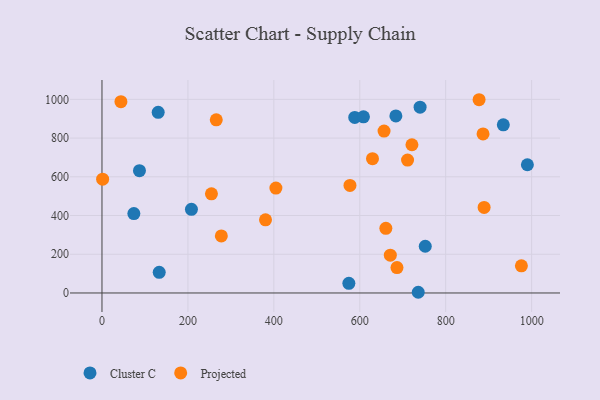
{"axis": {"x": "Investment", "y": "Sales"}, "legend": ["Cluster C", "Projected"], "data": [{"x": "588.3", "y": 906.6, "type": "Cluster C"}, {"x": "740.4", "y": 959.4, "type": "Cluster C"}, {"x": "752.4", "y": 241.4, "type": "Cluster C"}, {"x": "736.1", "y": 3.6, "type": "Cluster C"}, {"x": "130.8", "y": 933.1, "type": "Cluster C"}, {"x": "684.0", "y": 914.2, "type": "Cluster C"}, {"x": "990.1", "y": 662.3, "type": "Cluster C"}, {"x": "574.6", "y": 49.7, "type": "Cluster C"}, {"x": "208.2", "y": 432.0, "type": "Cluster C"}, {"x": "133.2", "y": 106.6, "type": "Cluster C"}, {"x": "934.1", "y": 868.7, "type": "Cluster C"}, {"x": "74.2", "y": 410.3, "type": "Cluster C"}, {"x": "87.2", "y": 631.5, "type": "Cluster C"}, {"x": "608.6", "y": 909.6, "type": "Cluster C"}, {"x": "656.5", "y": 836.0, "type": "Projected"}, {"x": "889.4", "y": 441.6, "type": "Projected"}, {"x": "660.7", "y": 333.7, "type": "Projected"}, {"x": "44.1", "y": 988.1, "type": "Projected"}, {"x": "976.2", "y": 140.4, "type": "Projected"}, {"x": "671.1", "y": 195.3, "type": "Projected"}, {"x": "404.8", "y": 542.0, "type": "Projected"}, {"x": "877.7", "y": 998.1, "type": "Projected"}, {"x": "886.9", "y": 821.7, "type": "Projected"}, {"x": "1.5", "y": 587.8, "type": "Projected"}, {"x": "711.2", "y": 686.6, "type": "Projected"}, {"x": "721.4", "y": 765.5, "type": "Projected"}, {"x": "380.6", "y": 378.0, "type": "Projected"}, {"x": "629.6", "y": 693.4, "type": "Projected"}, {"x": "686.6", "y": 131.0, "type": "Projected"}, {"x": "254.8", "y": 512.0, "type": "Projected"}, {"x": "577.2", "y": 555.7, "type": "Projected"}, {"x": "266.0", "y": 894.3, "type": "Projected"}, {"x": "277.8", "y": 294.4, "type": "Projected"}]}